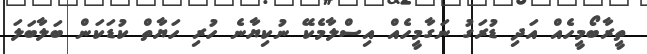
ތީރާބޯމީހެއް އަދި ޑުރަގު ނަގާމީހެއް އިސްލާމެކޭ ނުކިޔާނެ ހުރި ހަޔާތް ކުޑަކަން ބަލާބަލަ